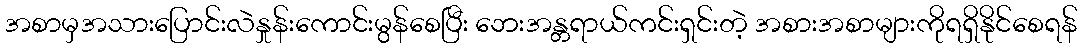
အစာမှအသားပြောင်းလဲနှုန်းကောင်းမွန်စေပြီး ဘေးအန္တရာယ်ကင်းရှင်းတဲ့ အစားအစာများကိုရရှိနိုင်စေရန်